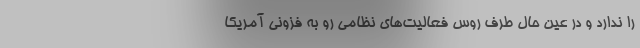
را ندارد و در عین حال طرف روس فعالیت‌های نظامی رو به فزونی آمریکا